Lunatic asylums Burma 1907-21 - 1907-1921
Year: 1907
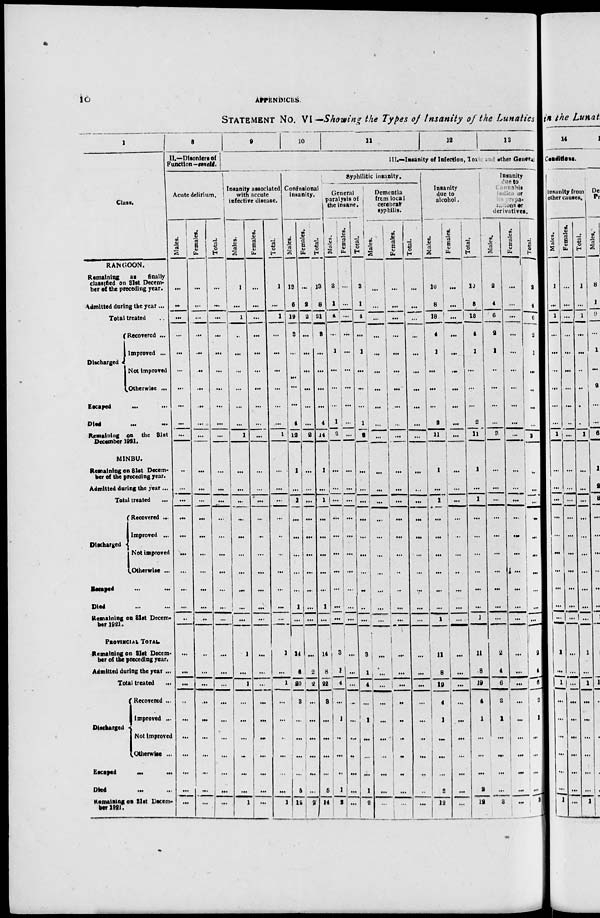
10
APPENDICES
STATEMENT NO. VI ––Showing the Types of Insanity of the Lunatics
1
Class.
RANGOON.
Remaining
as finally
classified on 31st Decem-
ber of the preceding year.
Admitted during the year ...
Total treated ...
Discharged
Recovered ...
Improved ...
Not improved
Otherwise ...
Escaped
... ...
Died
...
...
Remaining on the 31st
December 1921.
MINBU.
Remaining on 31st Decem-
ber of the preceding year.
Admitted during the year ...
Total treated ...
Discharged
Recorered ...
Improved ...
Not improved
Otherwise ...
Escaped ... ...
Died ... ...
Remaining on 31st Decem-
ber 1921.
PROVINCIAL TOTAL
Remaining on 31st Decem-
ber of the preceding year.
Admitted during the year ...
Total treated
...
Discharged
Recovered ...
Improved ...
Not improved
Otherwise ...
Escaped ... ...
Died
...
...
Remaining on 31st Decem-
ber 1921.
8
II.—Disorders of
Function-concld.
Acute delirium.
Males.
...
...
...
...
...
...
...
...
...
...
...
...
...
...
...
...
...
...
...
...
...
...
...
...
...
...
...
...
...
...
Females.
...
...
...
...
...
...
...
...
...
...
...
...
...
...
...
...
...
...
...
...
...
...
...
...
...
...
...
...
...
...
Total.
...
...
...
...
...
...
...
...
...
...
...
...
...
...
...
...
...
...
...
...
...
...
...
...
...
...
...
...
...
...
9
10
11
12
13
III.—Insanity of Infection, Toxic and other General
Insanity associated
with accute
infective disease.
Males.
1
...
1
..
...
...
...
...
...
1
...
...
...
...
...
...
...
...
...
...
1
...
1
...
...
...
...
...
...
1
Females.
...
...
...
...
...
...
...
...
...
...
...
...
...
...
...
...
...
...
...
...
...
...
...
...
...
...
...
...
...
...
Total.
1
...
1
...
...
...
...
...
...
1
...
...
...
...
...
...
...
...
...
...
1
...
1
...
...
...
...
...
...
1
Confusional
insanity.
Males.
13
6
19
3
...
...
...
...
4
12
1
...
1
...
...
...
...
...
1
...
14
6
20
3
...
...
...
...
5
12
Females.
...
2
2
...
...
...
...
...
...
2
...
...
...
...
...
...
...
...
...
...
...
2
2
...
...
...
...
...
...
2
Total.
13
8
21
3
...
...
...
...
4
14
1
...
1
...
...
...
...
...
1
...
14
8
22
3
...
...
...
...
5
14
Syphilitic insanity.
General
paralysis of
the insane.
Males.
3
1
4
...
1
...
...
...
1
2
...
...
...
...
...
...
...
...
...
...
3
1
4
...
1
...
...
...
1
2
Females.
...
...
...
...
...
...
...
...
...
...
...
...
...
...
...
...
...
...
...
...
...
...
...
...
...
...
...
...
...
...
Total.
3
1
4
...
1
...
...
...
1
2
...
...
...
...
...
...
...
...
...
...
3
1
4
...
1
...
...
...
1
2
Dementia
from local
cerebral
syphilis.
Males.
...
...
...
...
...
...
...
...
...
...
...
...
...
...
...
...
...
...
...
...
...
...
...
...
...
...
...
...
...
...
Females.
...
...
...
...
...
...
...
...
...
...
...
...
...
...
...
...
...
...
...
...
...
...
...
...
...
...
...
...
...
...
Total.
...
...
...
...
...
...
...
...
...
...
...
...
...
...
...
...
...
...
...
...
...
...
...
...
...
...
...
...
...
...
Insanity
due to
alcohol.
Males.
10
8
18
4
1
...
...
...
2
11
1
...
1
...
...
...
...
...
...
1
11
8
19
4
1
...
...
...
2
12
Females.
...
...
...
...
...
...
...
...
...
...
...
...
...
...
...
...
...
...
...
...
...
...
...
...
...
...
...
...
...
...
Total.
10
8
18
4
1
...
...
...
2
11
1
...
1
...
...
...
...
...
...
1
11
8
19
4
1
...
...
...
2
12
Insanity
due to
( annabis
Indica or
repa-
intions or
derivatives.
Males.
2
4
6
2
1
...
...
...
...
3
...
...
...
...
...
...
...
...
...
...
2
4
6
2
1
...
...
...
...
3
Females.
...
...
...
...
...
...
...
...
...
...
...
...
...
...
...
...
...
...
...
...
...
...
...
...
...
...
...
...
...
...
Total.
2
4
6
2
1
...
...
...
...
3
...
...
...
...
...
...
...
...
...
...
2
4
6
2
1
...
...
...
...
3